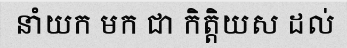
នាំយក មក ជា កិត្តិយស ដល់